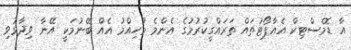
އާ ޑޮމެސްޓިކް އެއާޕޯޓުތައް ތަރައްގީކުރުމުގެ އެންމެ މުހިއްމު އެއް ބޭނުމަކީ އޭނާ ވިދާޅުވި